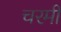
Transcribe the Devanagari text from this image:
चरमी